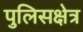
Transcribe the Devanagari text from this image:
पुलिसक्षेत्र